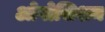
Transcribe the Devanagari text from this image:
ओपोसिशन